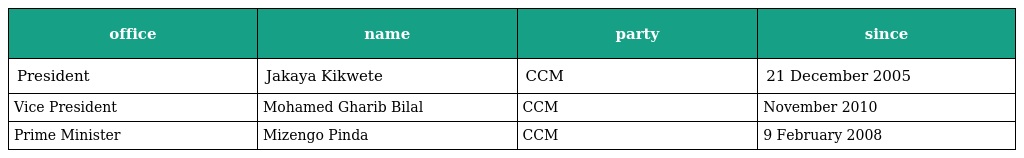
| office | name | party | since |
 | --- | --- | --- | --- |
 | President | Jakaya Kikwete | CCM | 21 December 2005 |
 | Vice President | Mohamed Gharib Bilal | CCM | November 2010 |
 | Prime Minister | Mizengo Pinda | CCM | 9 February 2008 |